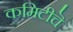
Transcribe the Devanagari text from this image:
कमिटीचॆ